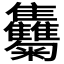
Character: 𩁴